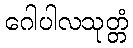
ဂေါပါလသုတ္တံ